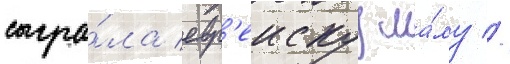
сыгра́ла евр'еискуу ма́му //